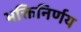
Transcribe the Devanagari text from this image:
भक्तिनिर्णय